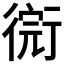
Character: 𢕋